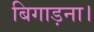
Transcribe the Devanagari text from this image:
बिगाड़ना।